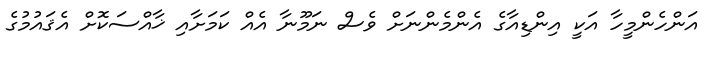
އަންހެންމީހާ އަކީ އިންޑިއާގެ އެންމެންނަށް ވެސް ނަމޫނާ އެއް ކަމަށާއި ޚާއްސަކޮށް އެޤައުމުގެ